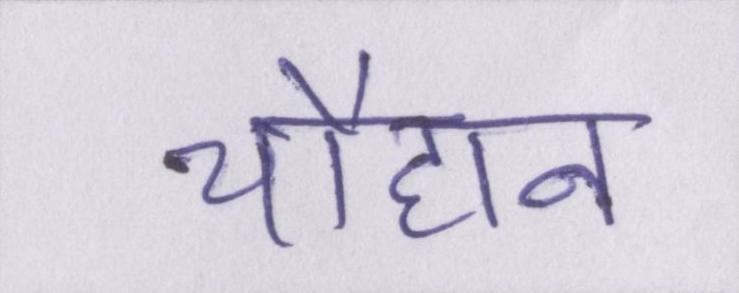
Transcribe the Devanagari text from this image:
चौहान